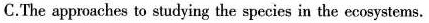
C.The approaches to studying the species in the ecosystems.